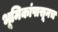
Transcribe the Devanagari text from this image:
भूमिकांपासूनच